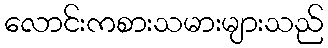
လောင်းကစားသမားများသည်